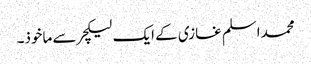
محمد اسلم غازی کے ایک لیکچر سے ماخوذ۔